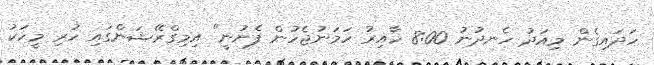
ހަދައިގެން މިއަދު ހެނދުނު 8:00 ހާއިރު ހަމަނުޖެހުން ފެށުނީ" އިމިގްރޭޝަންގައި ހުރި މީހަކު